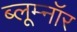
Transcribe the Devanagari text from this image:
ब्लूम्नॉर